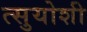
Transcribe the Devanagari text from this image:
त्सुयोशी